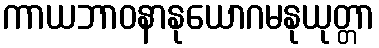
ကာယဘာဝနာနုယောဂမနုယုတ္တာ